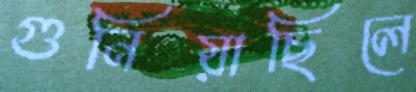
গুনিয়াছিলে